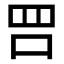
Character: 𠰝